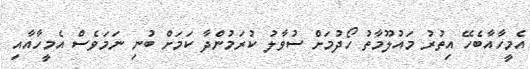
އެމީހާއާބެހޭ އިތުރު މައުލޫމާތު ހޯދުމަށް ސުވާލު ކުރަމުންދާ ކަމަށް ބުނި ނަމަވެސް އެމީހާއާއި